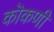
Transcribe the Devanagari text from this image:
कॊकणी